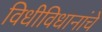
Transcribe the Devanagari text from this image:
विधीविधानांचे